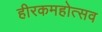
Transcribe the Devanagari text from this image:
हीरकमहोत्सव